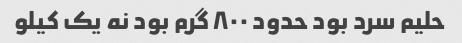
حلیم سرد بود حدود ٨٠٠ گرم بود نه یک کیلو